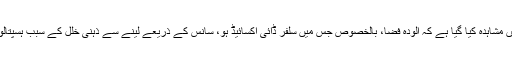
چین کے شہر شنگھائی میں مشاہدہ کیا گیا ہے کہ آلودہ فضا، بالخصوص جس میں سلفر ڈائی آکسائیڈ ہو، سانس کے ذریعے لینے سے ذہنی خلل کے سبب ہسپتالوں میں داخلہ بڑھ جاتا ہے۔